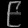
Digit: ၉